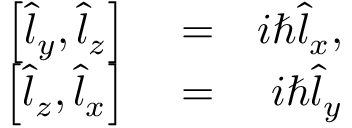
\begin{array} { r l r } { \left[ \hat { l } _ { y } , \hat { l } _ { z } \right] } & { { } = } & { i \hbar \hat { l } _ { x } , } \\ { \left[ \hat { l } _ { z } , \hat { l } _ { x } \right] } & { { } = } & { i \hbar \hat { l } _ { y } } \end{array}